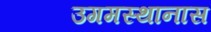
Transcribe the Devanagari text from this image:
उगमस्थानास